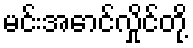
မင်းအောင်လှိုင်တို့